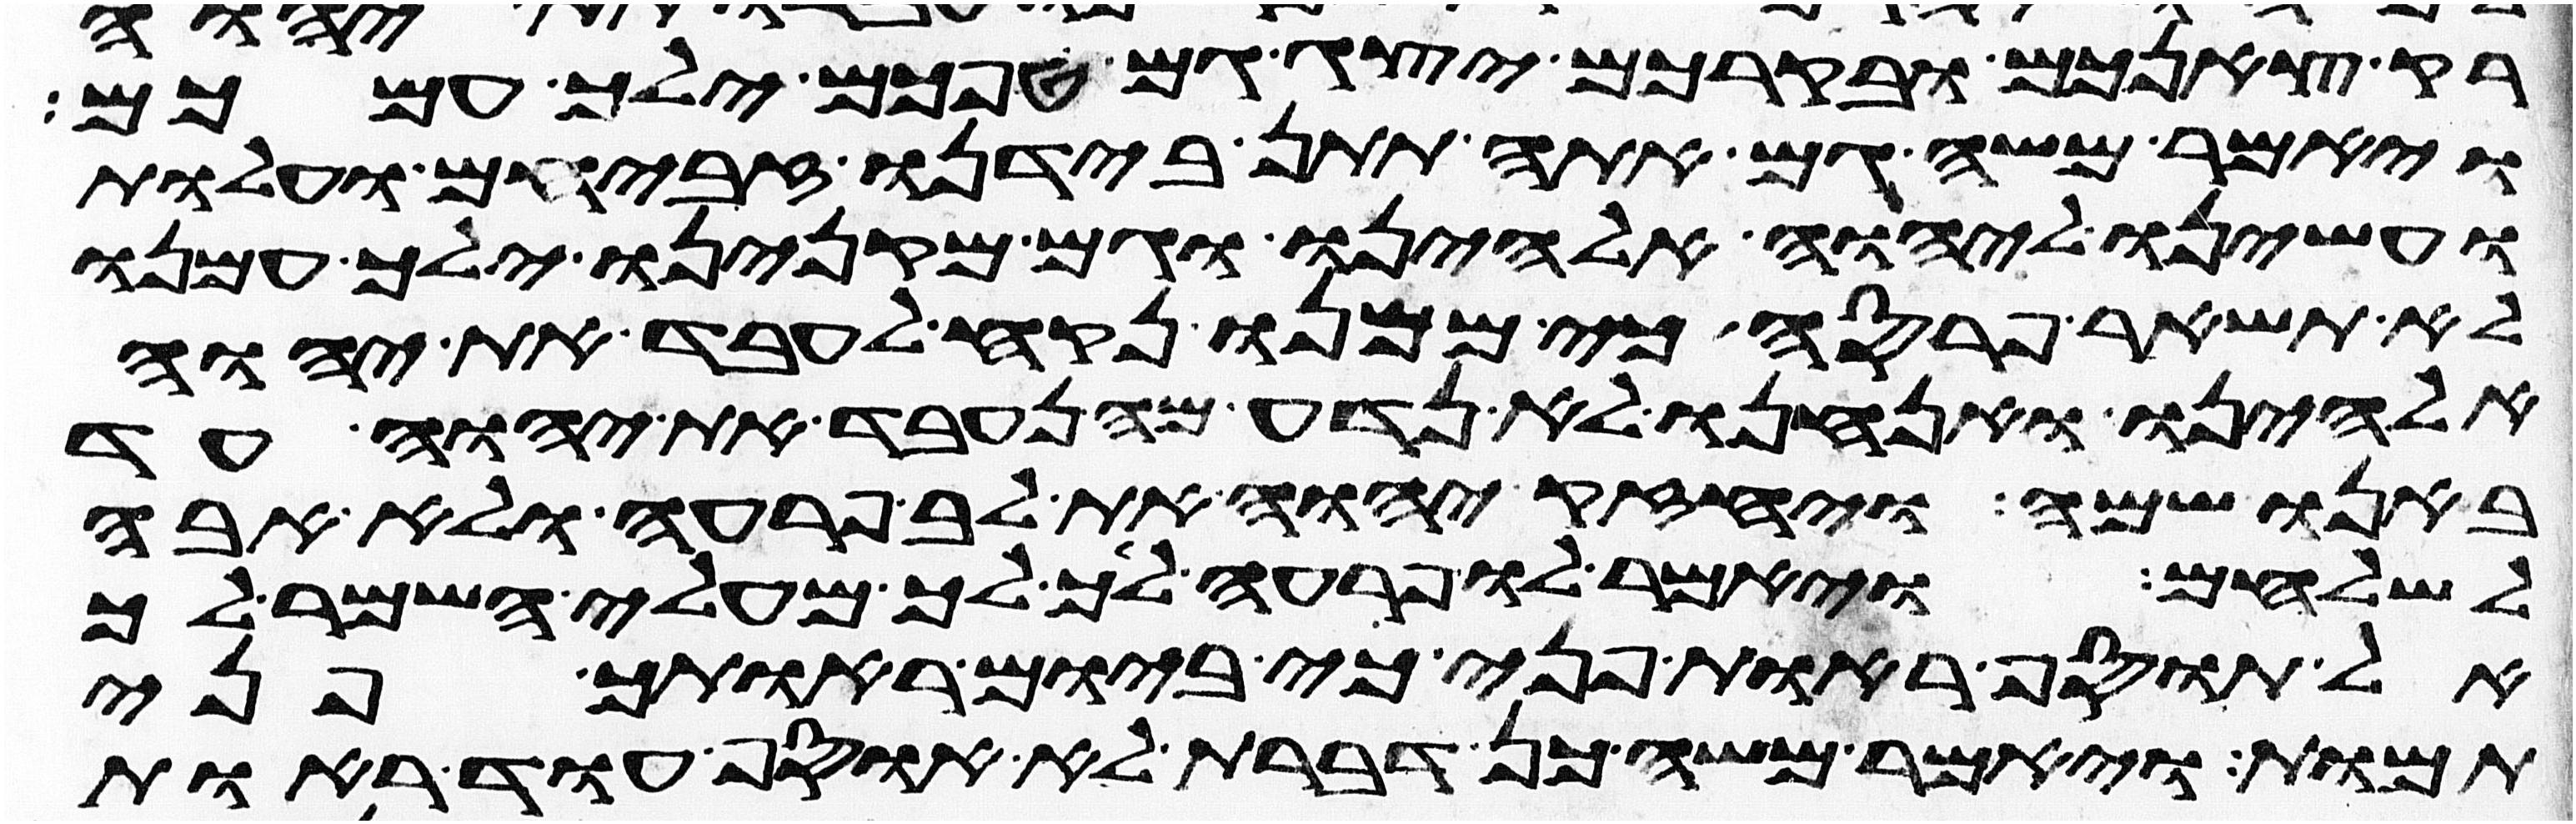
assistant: רק צאנכם ובקרכם יצג גם טפכם ילך עמכם
ויאמר משה גם אתה תתן בידנו זבחים ועלות
ועשינו ליהוה אלהינו וגם מקנינו ילך עמנו
לא תשאר פרסה כי ממנו נקח לעבד את יהוה
אלהינו ואנחנו לא נדע מה נעבד את יהוה עד
באנו שמה ויחזק יהוה את לב פרעה ולא אבה
לשלחם ויאמר לו פרעה לך לך מעלי השמר לך
אל תוסיף ראות פני כי ביום ראותך פני
תמות ויאמר משה כן דברת לא אוסיף עוד ראות